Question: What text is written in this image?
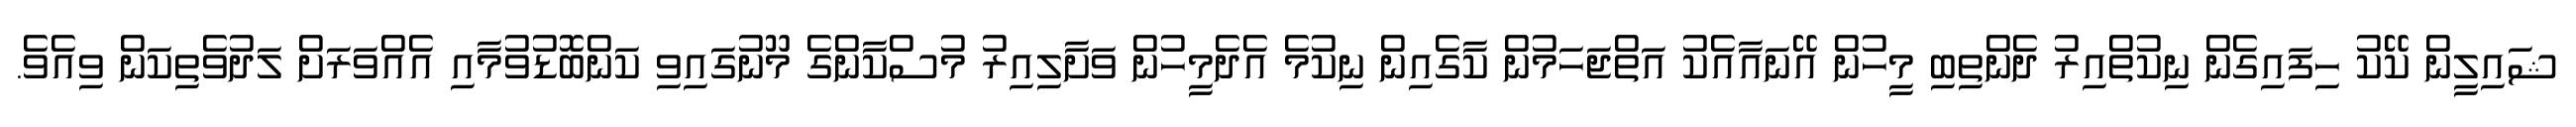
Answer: ޝައިލީން ކޭކު ހިފައިގެން ނިކުތްއިރު ދެންތިބި މީހުން އޭނައާއެކު އަތްޖަހަމުން ކާގެއިން ނިކުމެ އެދެމީހުން ވަށާލިއިރު މުސްކާންގެ މޫނުގައިވި ކަންބޮޑުވުމާއި އެއްވަރަށް ލަދުވެތިކަން ވިއެވެ.